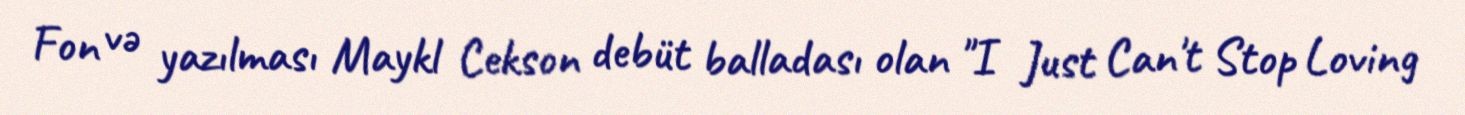
Fon və yazılması Maykl Cekson debüt balladası olan "I Just Can't Stop Loving